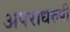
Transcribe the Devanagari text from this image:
अपराधरुपी